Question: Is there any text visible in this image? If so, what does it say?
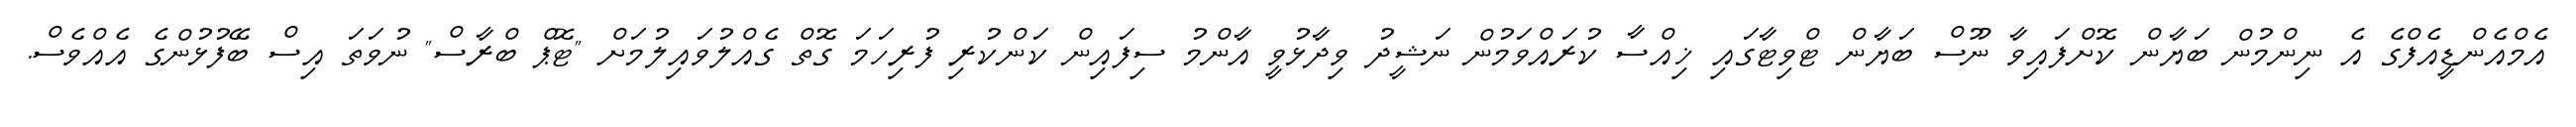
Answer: އެމްއެންޑީއެފްގެ އެ ނިންމުން ބަޔާން ކޮށްފައިވާ ނޫސް ބަޔާން ޓްވިޓާގައި ޚިއްސާ ކުރައްވަމުން ނަޝީދު ވިދާޅުވީ އާންމު ސިފައިން ކަންކުރި ފުރިހަމަ ގޮތް ގެއްލުވައިލުމަށް "ޓޮޕް ބްރާސް" ނުވަތަ އިސް ބޭފުޅުންގެ އެއްވެސް.